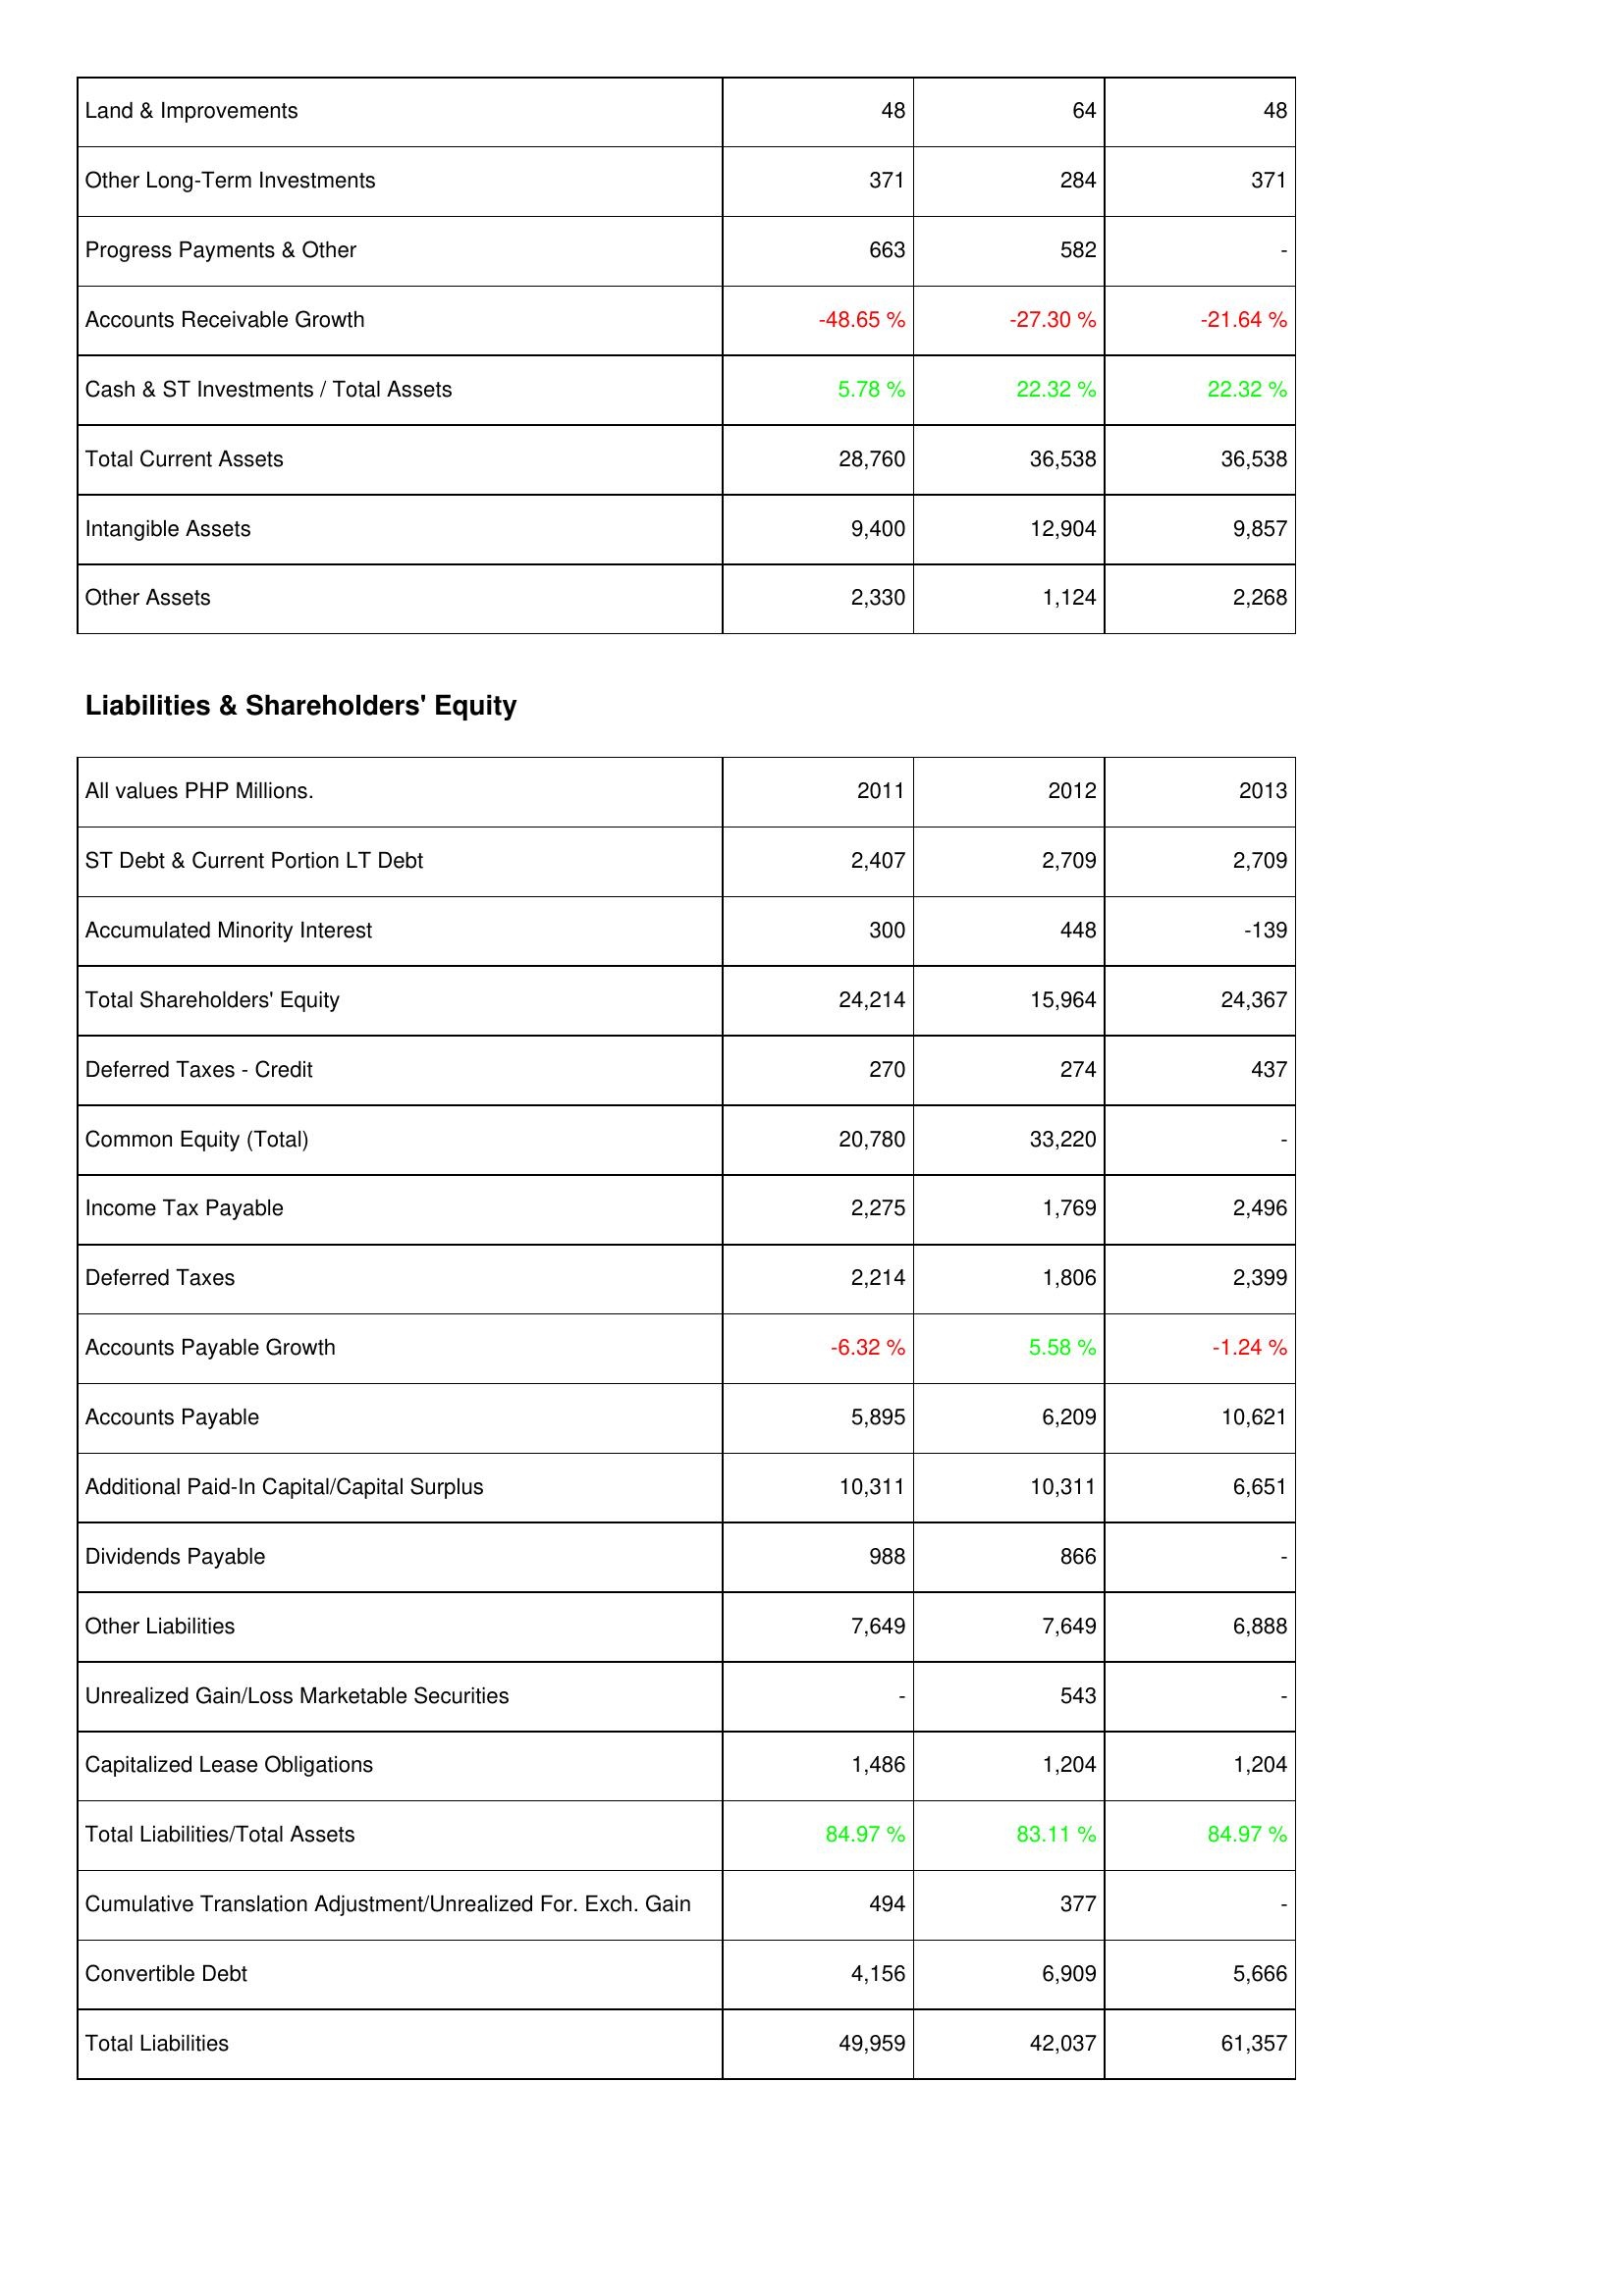
2011: Assets: Land & Improvements: 48
Other Long-Term Investments: 371
Progress Payments & Other: 663
Accounts Receivable Growth: -48.65 %
Cash & ST Investments / Total Assets: 5.78 %
Total Current Assets: 28,760
Intangible Assets: 9,400
Other Assets: 2,330
Liabilities & Shareholders' Equity: ST Debt & Current Portion LT Debt: 2,407
Accumulated Minority Interest: 300
Total Shareholders' Equity: 24,214
Deferred Taxes - Credit: 270
Common Equity (Total): 20,780
Income Tax Payable: 2,275
Deferred Taxes: 2,214
Accounts Payable Growth: -6.32 %
Accounts Payable: 5,895
Additional Paid-In Capital/Capital Surplus: 10,311
Dividends Payable: 988
Other Liabilities: 7,649
Unrealized Gain/Loss Marketable Securities: -
Capitalized Lease Obligations: 1,486
Total Liabilities/Total Assets: 84.97 %
Cumulative Translation Adjustment/Unrealized For. Exch. Gain: 494
Convertible Debt: 4,156
Total Liabilities: 49,959
2012: Assets: Land & Improvements: 64
Other Long-Term Investments: 284
Progress Payments & Other: 582
Accounts Receivable Growth: -27.30 %
Cash & ST Investments / Total Assets: 22.32 %
Total Current Assets: 36,538
Intangible Assets: 12,904
Other Assets: 1,124
Liabilities & Shareholders' Equity: ST Debt & Current Portion LT Debt: 2,709
Accumulated Minority Interest: 448
Total Shareholders' Equity: 15,964
Deferred Taxes - Credit: 274
Common Equity (Total): 33,220
Income Tax Payable: 1,769
Deferred Taxes: 1,806
Accounts Payable Growth: 5.58 %
Accounts Payable: 6,209
Additional Paid-In Capital/Capital Surplus: 10,311
Dividends Payable: 866
Other Liabilities: 7,649
Unrealized Gain/Loss Marketable Securities: 543
Capitalized Lease Obligations: 1,204
Total Liabilities/Total Assets: 83.11 %
Cumulative Translation Adjustment/Unrealized For. Exch. Gain: 377
Convertible Debt: 6,909
Total Liabilities: 42,037
2013: Assets: Land & Improvements: 48
Other Long-Term Investments: 371
Progress Payments & Other: -
Accounts Receivable Growth: -21.64 %
Cash & ST Investments / Total Assets: 22.32 %
Total Current Assets: 36,538
Intangible Assets: 9,857
Other Assets: 2,268
Liabilities & Shareholders' Equity: ST Debt & Current Portion LT Debt: 2,709
Accumulated Minority Interest: -139
Total Shareholders' Equity: 24,367
Deferred Taxes - Credit: 437
Common Equity (Total): -
Income Tax Payable: 2,496
Deferred Taxes: 2,399
Accounts Payable Growth: -1.24 %
Accounts Payable: 10,621
Additional Paid-In Capital/Capital Surplus: 6,651
Dividends Payable: -
Other Liabilities: 6,888
Unrealized Gain/Loss Marketable Securities: -
Capitalized Lease Obligations: 1,204
Total Liabilities/Total Assets: 84.97 %
Cumulative Translation Adjustment/Unrealized For. Exch. Gain: -
Convertible Debt: 5,666
Total Liabilities: 61,357